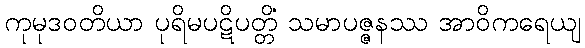
ကုမုဒဝတိယာ ပုရိမပဋိပတ္တိံ သမာပဇ္ဇနဿ အာဝိကရေယျ